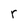
Character: r